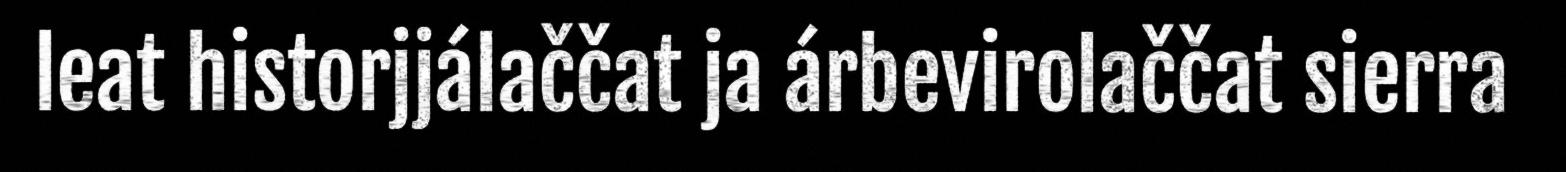
leat historjjálaččat ja árbevirolaččat sierra